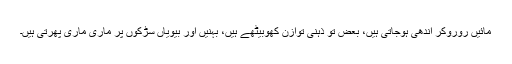
مائیں روروکر اندھی ہوجاتی ہیں، بعض تو ذہنی توازن کھوبیٹھے ہیں، بہنیں اور بیویاں سڑکوں پر ماری ماری پھرتی ہیں۔